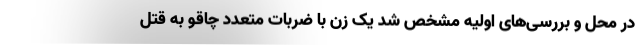
در محل و بررسی‌های اولیه مشخص شد یک زن با ضربات متعدد چاقو به قتل